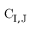
\mathrm { C } _ { \mathrm { I , J } }